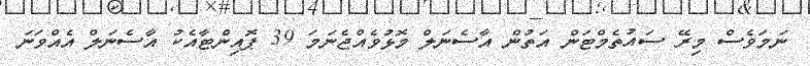
ނަމަވެސް މިރޭ ސައުތެމްޓަން އަތުން އާސެނަލް މޮޅުވެއްޖެނަމަ 39 ޕޮއިންޓާއެކު އާސެނަލް އެއްވަނަ